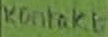
Text: Kontakt